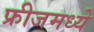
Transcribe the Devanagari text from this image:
फ्रीजमध्ये